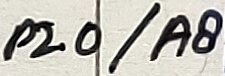
Text: P2.0/A8